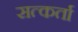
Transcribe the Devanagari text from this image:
सत्कर्ता